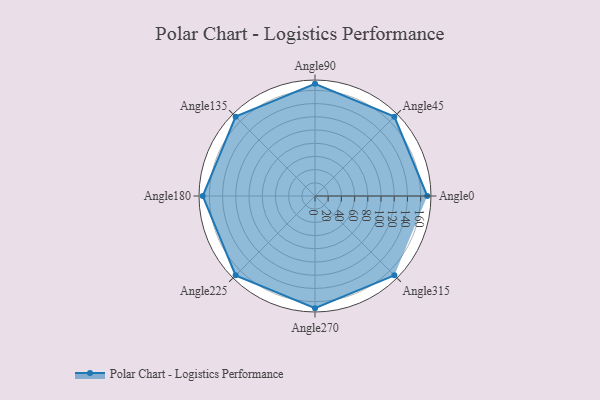
{"axis": {"x": "Angle", "y": "Radius"}, "legend": [""], "data": [{"x": "Angle0", "y": 170, "type": ""}, {"x": "Angle45", "y": 170, "type": ""}, {"x": "Angle90", "y": 170, "type": ""}, {"x": "Angle135", "y": 170.0, "type": ""}, {"x": "Angle180", "y": 170, "type": ""}, {"x": "Angle225", "y": 170, "type": ""}, {"x": "Angle270", "y": 170.0, "type": ""}, {"x": "Angle315", "y": 170, "type": ""}]}